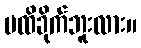
မထိခိုက်ဘူးလား။